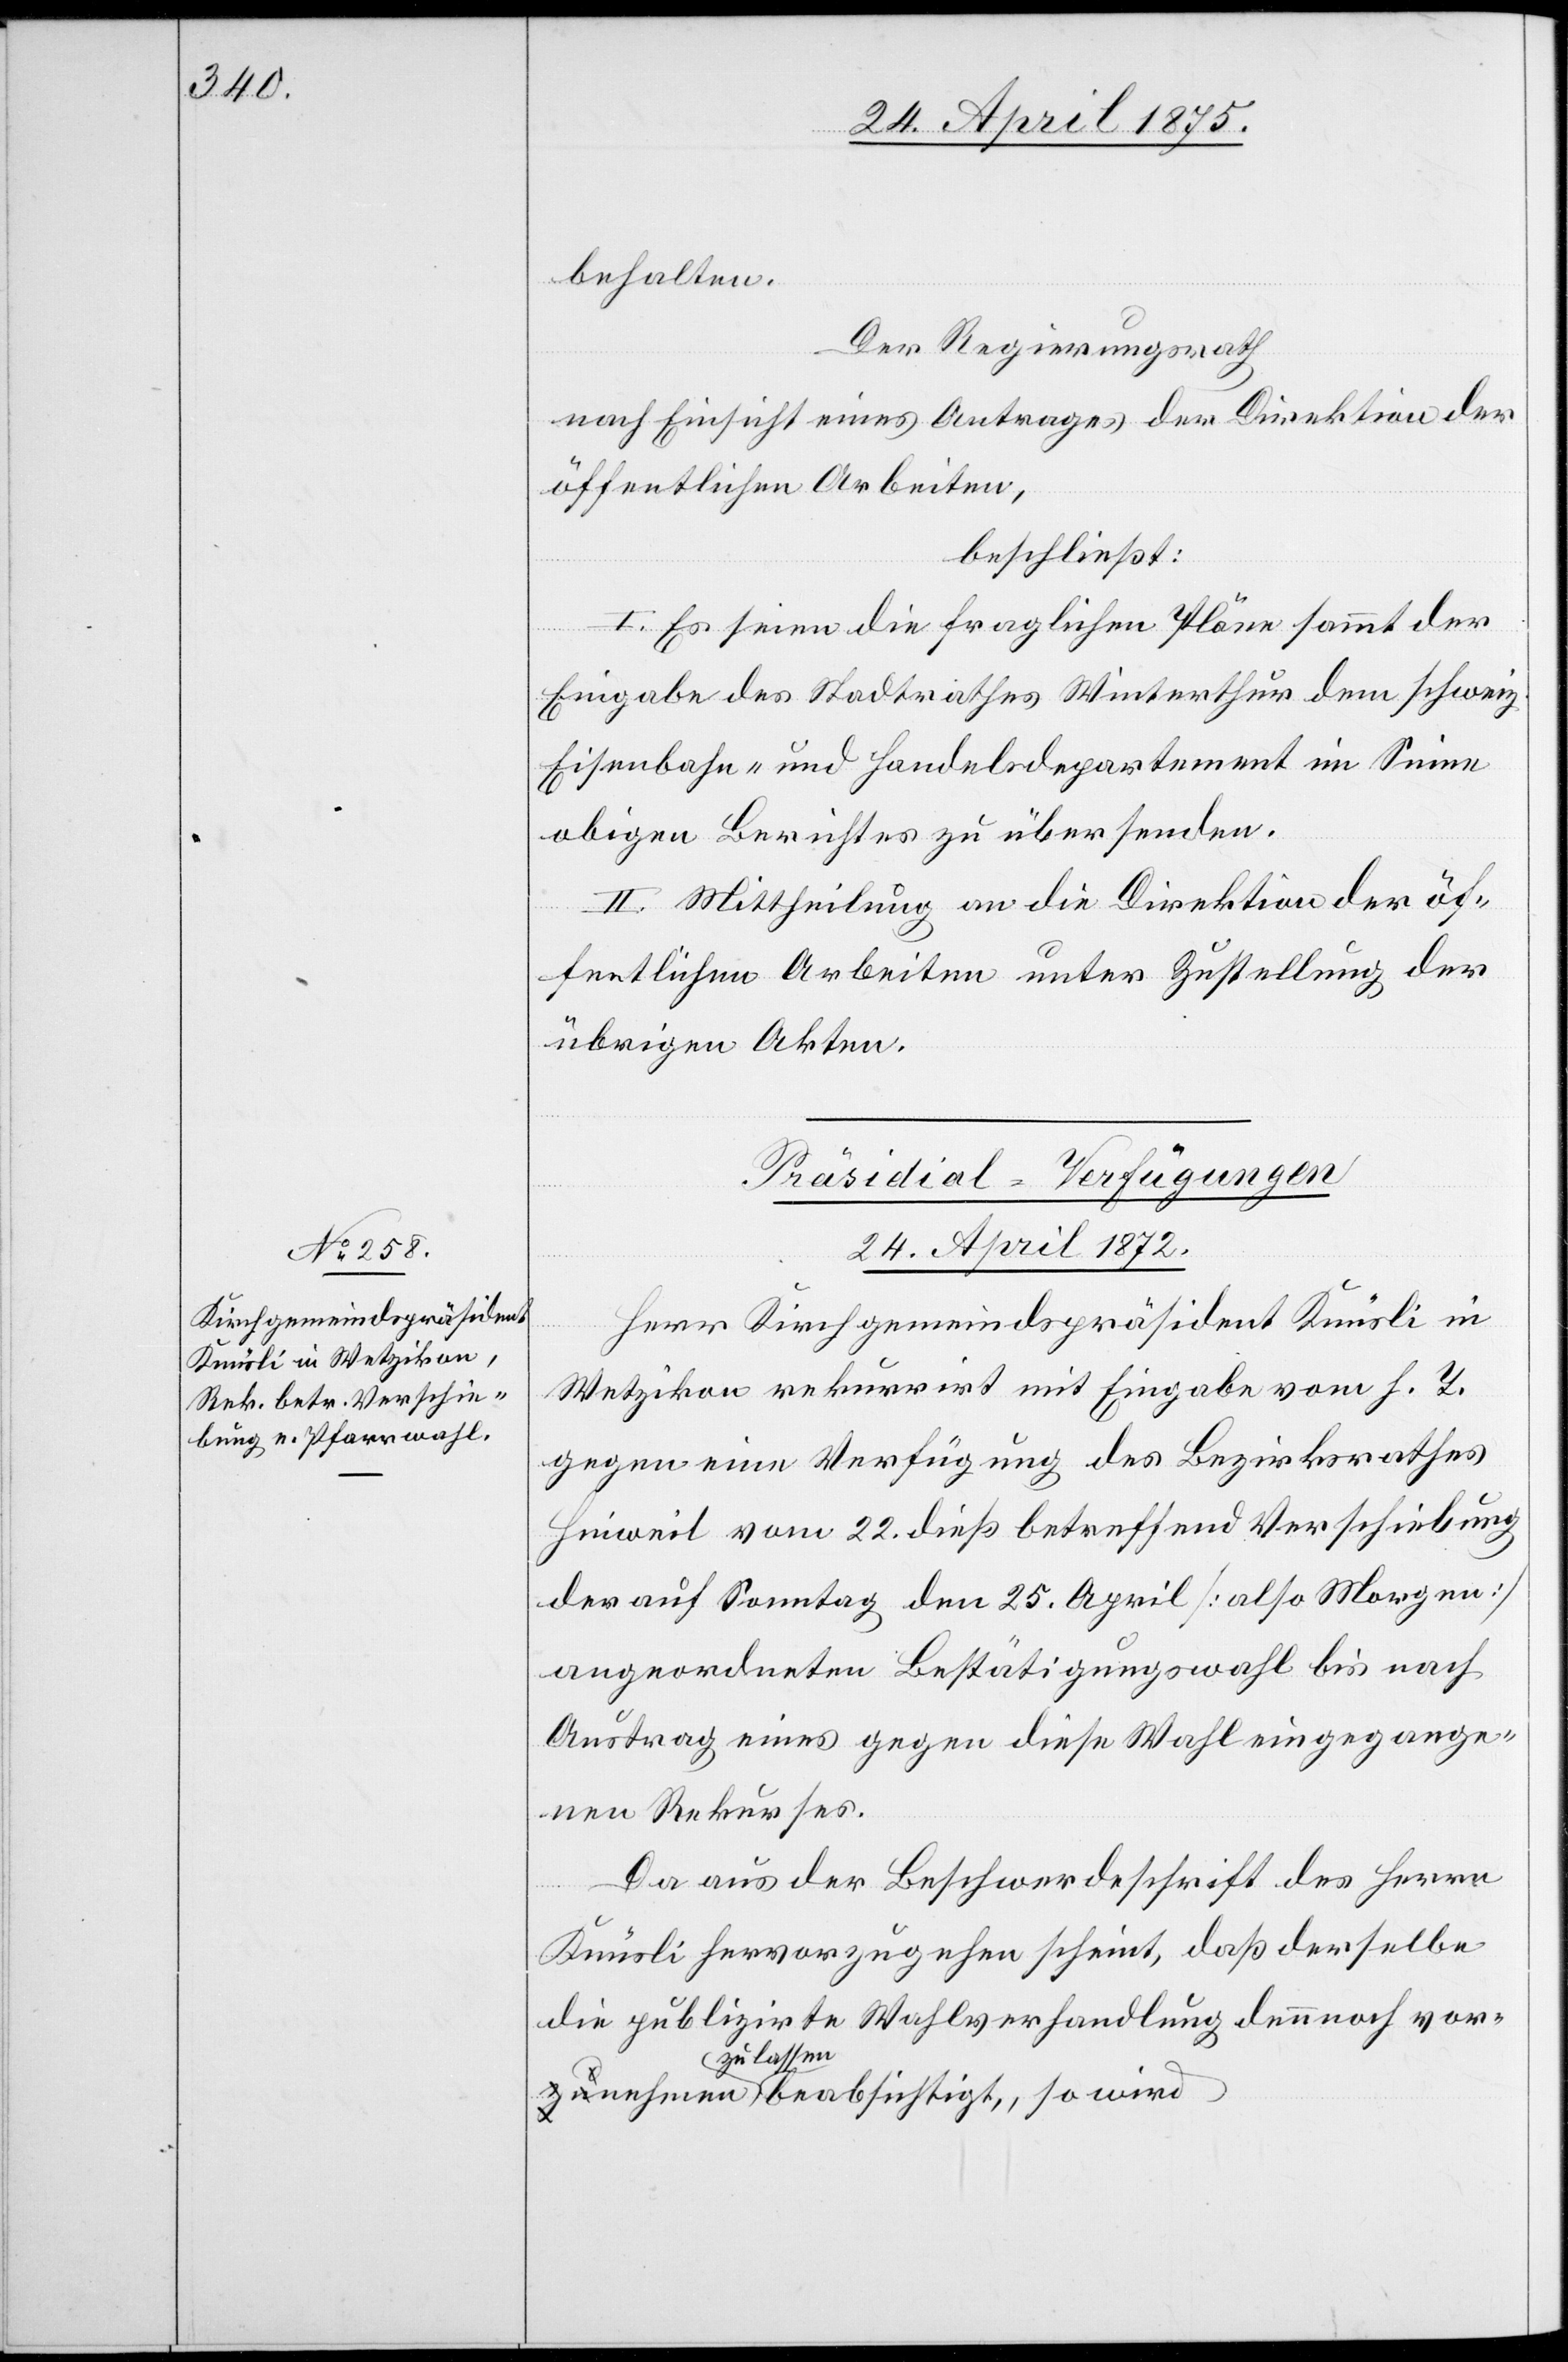
behalten.
Der Regierungsrath
nach Einsicht eines Antrages der Direktion der
öffentlichen Arbeiten,
beschießt:
I. Es seien die fraglichen Pläne sammt der
Eingabe des Stadtrathes Winterthur dem schweiz.
Eisenbahn- und Handelsdepartement im Sinne
obigen Berichtes zu übersenden.
II. Mittheilung an die Direktion der öf¬
fentlichen Arbeiten unter Zustellung der
übrigen Akten.
Präsidial-Verfügungen
24. April 1875.
Herr Kirchgemindspräsident Knüsli in
Wetzikon rekurrirt mit Eingabe vom h. T.
gegen eine Verfügung des Bezirksrath
Hinweil vom 22. dieß betreffend Verschiebung
der auf Sonntag den 25. April [also Morgen]
angeordneten Bestätigungswahl bis nach
Austrag eines gegen diese Wahl eingegange¬
nen Rekurses.
Da aus der Beschwerdeschrift des Herrn
nehmen
Knüsli hervorzugehen scheint, daß derselbe
die publizirte Wahlverhandlung dennoch vor¬
zu lassen beabsichtigt, so wird